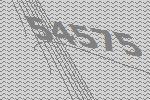
54575